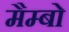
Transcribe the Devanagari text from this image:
मैम्बो